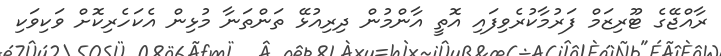
ރާއްޖޭގެ ޓޫރިޒަމް ފަރުމާކުރެވިފައި އޮތީ އާންމުން ދިރިއުޅޭ ތަންތަނާ މުޅިން އެކަހެރިކޮށް ވަކިވަކި